Vital statistics of India. Vol. VI, European troops 1870-79
Year: 1870
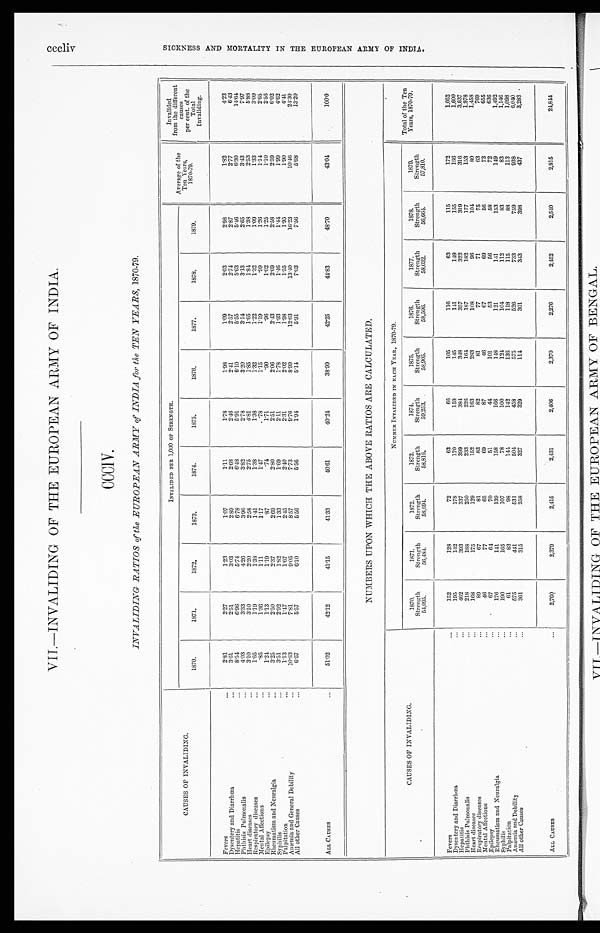
cccl i v
S I C K N E S S A N D M O R T A L I T Y I N T H E E U R O P E A N A R M Y O F I N D I A .
VII.—INVALIDING OF THE EUROPEAN ARMY OF INDIA.
CCCIV.
INVALIDING RATIOS of the EUROPEAN ARMY of INDIA for the TEN YEARS, 1870.79.
CAUSES OF INVALIDING.
INVALIDED PER 1,000 OF STRENGTH.
Average of the
Ten Years,
1870.79.
Invalided
from the different
causes
per cent. of the
Total
Invaliding.
1870.
1871.
1872.
1873.
1874.
1875.
1876.
1877.
1878.
1879.
Fevers
...
2 . 8 1
2.27
1.23
1.07
1 . 1 1
1.78
1.98
1 . 0 9
2 . 0 3
2 . 9 8
1 . 8 2
4 . 2 3
Dysentery and Diarrhœa
...
3.61
2.51
3.03
2 . 8 9
2 . 6 8
2.46
2 . 4 1
2 . 5 7
2 . 7 4
2.87
2 . 7 7
6 . 4 3
Hepatitis
...
8 . 5 4
6.96
5.74
6 . 7 8
6.48
5 . 9 1
6 . 1 0
5 . 5 5
5 . 6 3
5 . 4 6
6 . 3 0
14. 64
Phthisis Pulmonalis
. . . 4.03
3.33
4.26
3.96
3.82
2 . 7 8
3 . 2 0
3 . 1 4
3 . 1 3
2 . 6 5
3 . 4 3
7 . 9 7
Heart diseases
. . .
3 . 1 0
3.10
2.20
2 . 5 8
2 . 7 5
4.81
1 . 8 5
1 . 6 5
1 . 8 4
1 . 3 8
2 . 5 3
5 . 8 8
Respiratory diseases
...
1 . 6 5
1.19
1.38
1 . 4 1
1 . 3 8
1 . 3 8
1 . 3 2
1 . 2 2
1 . 3 2
1 . 0 9
1 . 3 3
3 . 0 9
Mental Affections
... .85
1.36
1.11
1.17
1 . 4 7
.78
1 . 1 5
1 . 1 9
.99
1 . 2 6
1.14
2 . 6 5
Epilepsy
...
1 . 2 4
1.13
1.19
.87
.74
1 . 7 1
.90
.96
1.02
1 . 2 5
1.10
2 . 5 6
Rheumatism and Neuralgia
...
3.25
2.50
2.37
2 . 6 9
2 . 8 0
2 . 5 1
2 . 0 6
2 . 4 3
2 . 6 9
2 . 5 8
2 . 5 9
6 . 0 2
Syphilis
...
3 . 5 1
2.92
1.82
1.33
1 . 6 9
2 . 1 1
1.78
1.93
1 . 4 6
1 . 4 4
1.99
4 . 6 2
Palpitation
...
1.13
1.47
1.67
2 . 4 5
2 . 4 0
2 . 3 1
2 . 0 2
1 . 9 8
1 . 5 5
1.95
1.90
4 . 4 1
Anæmia and General Debility
...
1 0 . 6 3
7.81
9 . 0 5
8 . 5 7
7 . 7 3
9 . 7 6
8 . 9 9
1 2 . 6 3
13.40
1 6 . 2 3
1 0 . 4 6
24.30
All other Causes
... 6.67
5.57
6.10
5 . 5 6
5 . 5 6
1.94
5.14
5 . 9 1
7 . 0 3
7 . 5 6
5.68
13. 20
ALL CAUSES
...
5 1 . 0 2
42.12
41.15
4 1 . 3 3
4 0 . 6 1
40.24
3 8 . 9 0
4 2 . 2 5
4 4 . 8 3
4 8 . 7 0
4 3 . 0 4
100.0
NUMBERS UPON WHICH THE ABOVE RATIOS ARE CALCULATED.
NUMBER INVALIDED IN EACH YEAR, 1870.79.
Total of the Ten
Years, 1870-79.
CAUSES OF INVALIDING.
1870.
Strength
54,095.
1871.
Strength
56, 484.
1872.
Strength
58,694.
1873.
Strength
58,816.
1874.
Strength
59,253.
1875.
Strength
58,905.
1876.
Strength
58, 506.
1877.
Strength
58,032.
1878.
Strength
56,664.
1879.
Strength
57,810.
Fevers
. . .
152
128
72
63
66
105
116
63
115
172
1,052
Dysentery and Diarrhœa
...
195
142
178
170
159
145
141
149
155
166
1,600
Hepatitis
...
462
393
337
399
3 8 4
3 4 8
357
322
319
316
3,637
Phthisis Pulmonalis
...
218
188
250
233
226
164
187
182
177
153
1,978
Heart diseases
...
168
175
129
152
163
2 8 3
108
96
104
80
1,458
Respiratory diseases
...
89
67
81
83
82
81
77
71
75
63
769
Mental Affections
...
46
77
65
69
87
46
67
69
56
73
655
Epilepsy
...
67
6 4
70
51
44
101
53
56
58
72
636
Rheumatism and Neuralgia
... 176
141
139
158
166
148
121
141
153
149
1,492
Syphilis
...
190
165
107
78
100
1 2 4
104
112
83
83
1,146
Palpitation
...
61
83
98
1 4 4
142
1 3 6
118
115
88
113
1,098
Anæmia and Debility
... 575
441
531
504
458
575
526
733
759
938
6,040
All other Causes
... 361
315
358
327
329
114
301
3 4 3
398
437
3,283
ALL CAUSES
...
2, 760
2,379
2,415
2,431
2,406
2,370
2,276
2,452
2,540
2,815
24,844